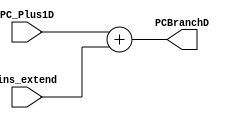
`timescale 1ns / 1ps
//////////////////////////////////////////////////////////////////////////////////
// Company: 
// Engineer: 
// 
// Design Name: 
// Module Name:    NPC 
// Project Name: 
// Target Devices: 
// Tool versions: 
// Description: 
//
// Dependencies: 
//
// Revision: 
// Revision 0.01 - File Created
// Additional Comments: 
//
//////////////////////////////////////////////////////////////////////////////////
module PC_Plus(
   input signed [6:0]PC_Plus1D,
	input signed [6:0]ins_extend,
	output [6:0]PCBranchD
    );
 assign PCBranchD = PC_Plus1D + ins_extend;

endmodule